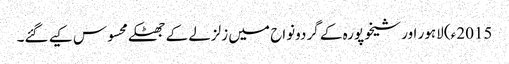
2015ء) لاہور اور شیخوپورہ کے گردونواح میں زلزلے کے جھٹکے محسوس کیے گئے۔